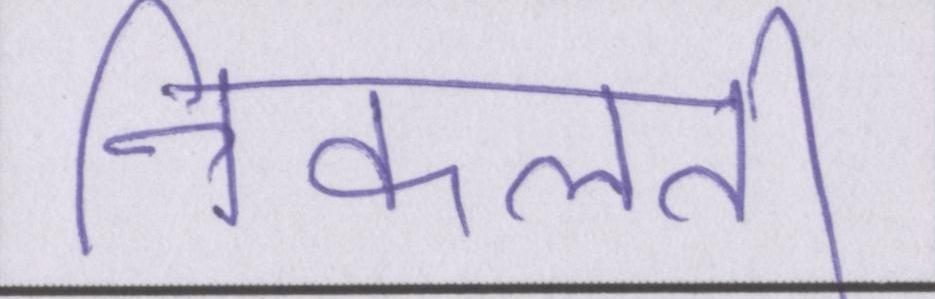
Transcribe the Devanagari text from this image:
निकलती